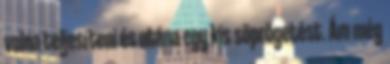
volna teljesíteni és utána egy kis söprögetést. Ám még